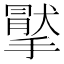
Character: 𢵤